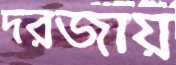
দরজায়